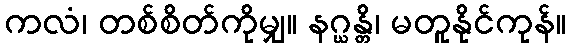
ကလံ၊ တစ်စိတ်ကိုမျှ။ နဂ္ဃန္တိ၊ မတူနိုင်ကုန်။